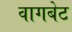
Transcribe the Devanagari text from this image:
वागबेट